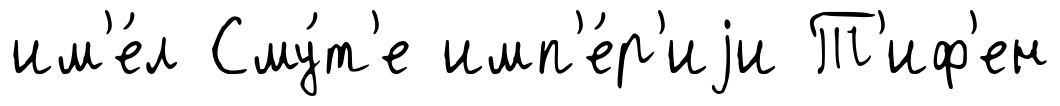
им'е́л Сму́т'е имп'е́р'иjи Т'иф'ен